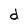
Character: d